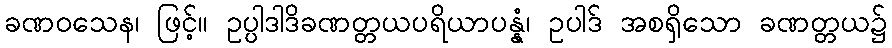
ခဏဝသေန၊ ဖြင့်။ ဥပ္ပါဒါဒိခဏတ္တယပရိယာပန္နံ၊ ဥပါဒ် အစရှိသော ခဏတ္တယ၌